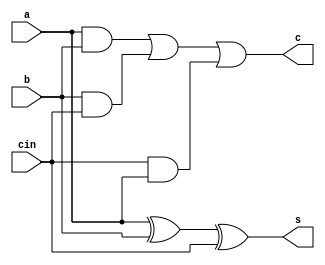
`timescale 1ns / 1ps
//////////////////////////////////////////////////////////////////////////////////
// Company: 
// Engineer: 
// 
// Design Name: 
// Module Name: ripplecarry_adder
// Project Name: 
// Target Devices: 
// Tool Versions: 
// Description: 
// 
// Dependencies: 
// 
// Revision:
// Revision 0.01 - File Created
// Additional Comments:
// 
//////////////////////////////////////////////////////////////////////////////////
module full_adder(a,b,cin,s,c);
input a,b,cin;
output s,c;
assign s=a^b^cin;
assign c=a&b|b&cin|cin&a;
endmodule

module ripplecarry_adder(
    input [3:0] a,
    input [3:0] b,
    output [3:0]s,
    output c0
    );
    wire c1,c2,c3;
    full_adder FA0(a[0],b[0],1'b0,s[0],c1);
    full_adder FA1(a[1],b[1],c1,s[1],c2);
    full_adder FA2(a[2],b[2],c2,s[2],c3);
    full_adder FA3(a[3],b[3],c3,s[3],c0);
endmodule